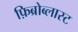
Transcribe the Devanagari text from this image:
फ़िब्रोब्लास्ट